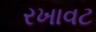
રખાવટ